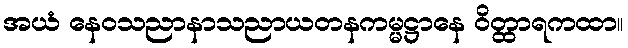
အယံ နေဝသညာနာသညာယတနကမ္မဋ္ဌာနေ ဝိတ္ထာရကထာ။